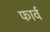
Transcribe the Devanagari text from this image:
फार्व